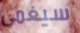
سيغمى